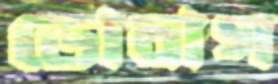
ডোবাগ